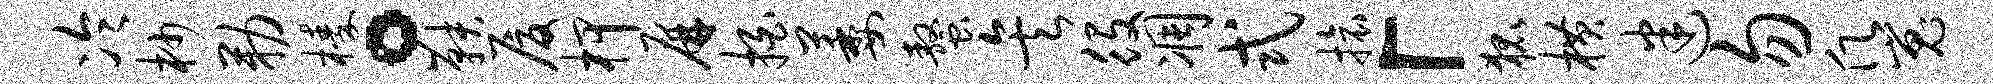
冷杪勒榛。鞅厦柙屏拍萎螯矣役凋式旅「狐横迷勿愿嵬